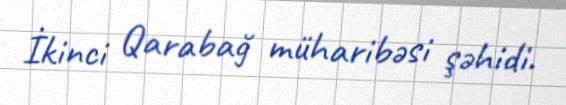
İkinci Qarabağ müharibəsi şəhidi.